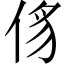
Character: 𠉠